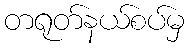
တရုတ်နယ်စပ်မှ